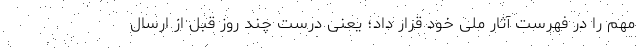
مهم را در فهرست آثار ملی خود قرار داد؛ یعنی درست چند روز قبل از ارسال